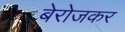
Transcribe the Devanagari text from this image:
बेरोजकर